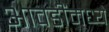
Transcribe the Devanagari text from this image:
आवडींमध्ये